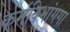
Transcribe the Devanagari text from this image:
कर्मविभांगगा